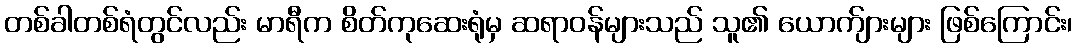
တစ်ခါတစ်ရံတွင်လည်း မာရီက စိတ်ကုဆေးရုံမှ ဆရာဝန်များသည် သူ၏ ယောက်ျားများ ဖြစ်ကြောင်း၊